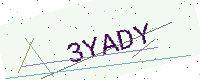
Text: 3YADY